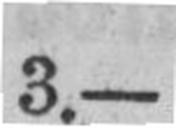
3.—